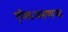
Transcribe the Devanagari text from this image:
एरियाअसणार्‍या